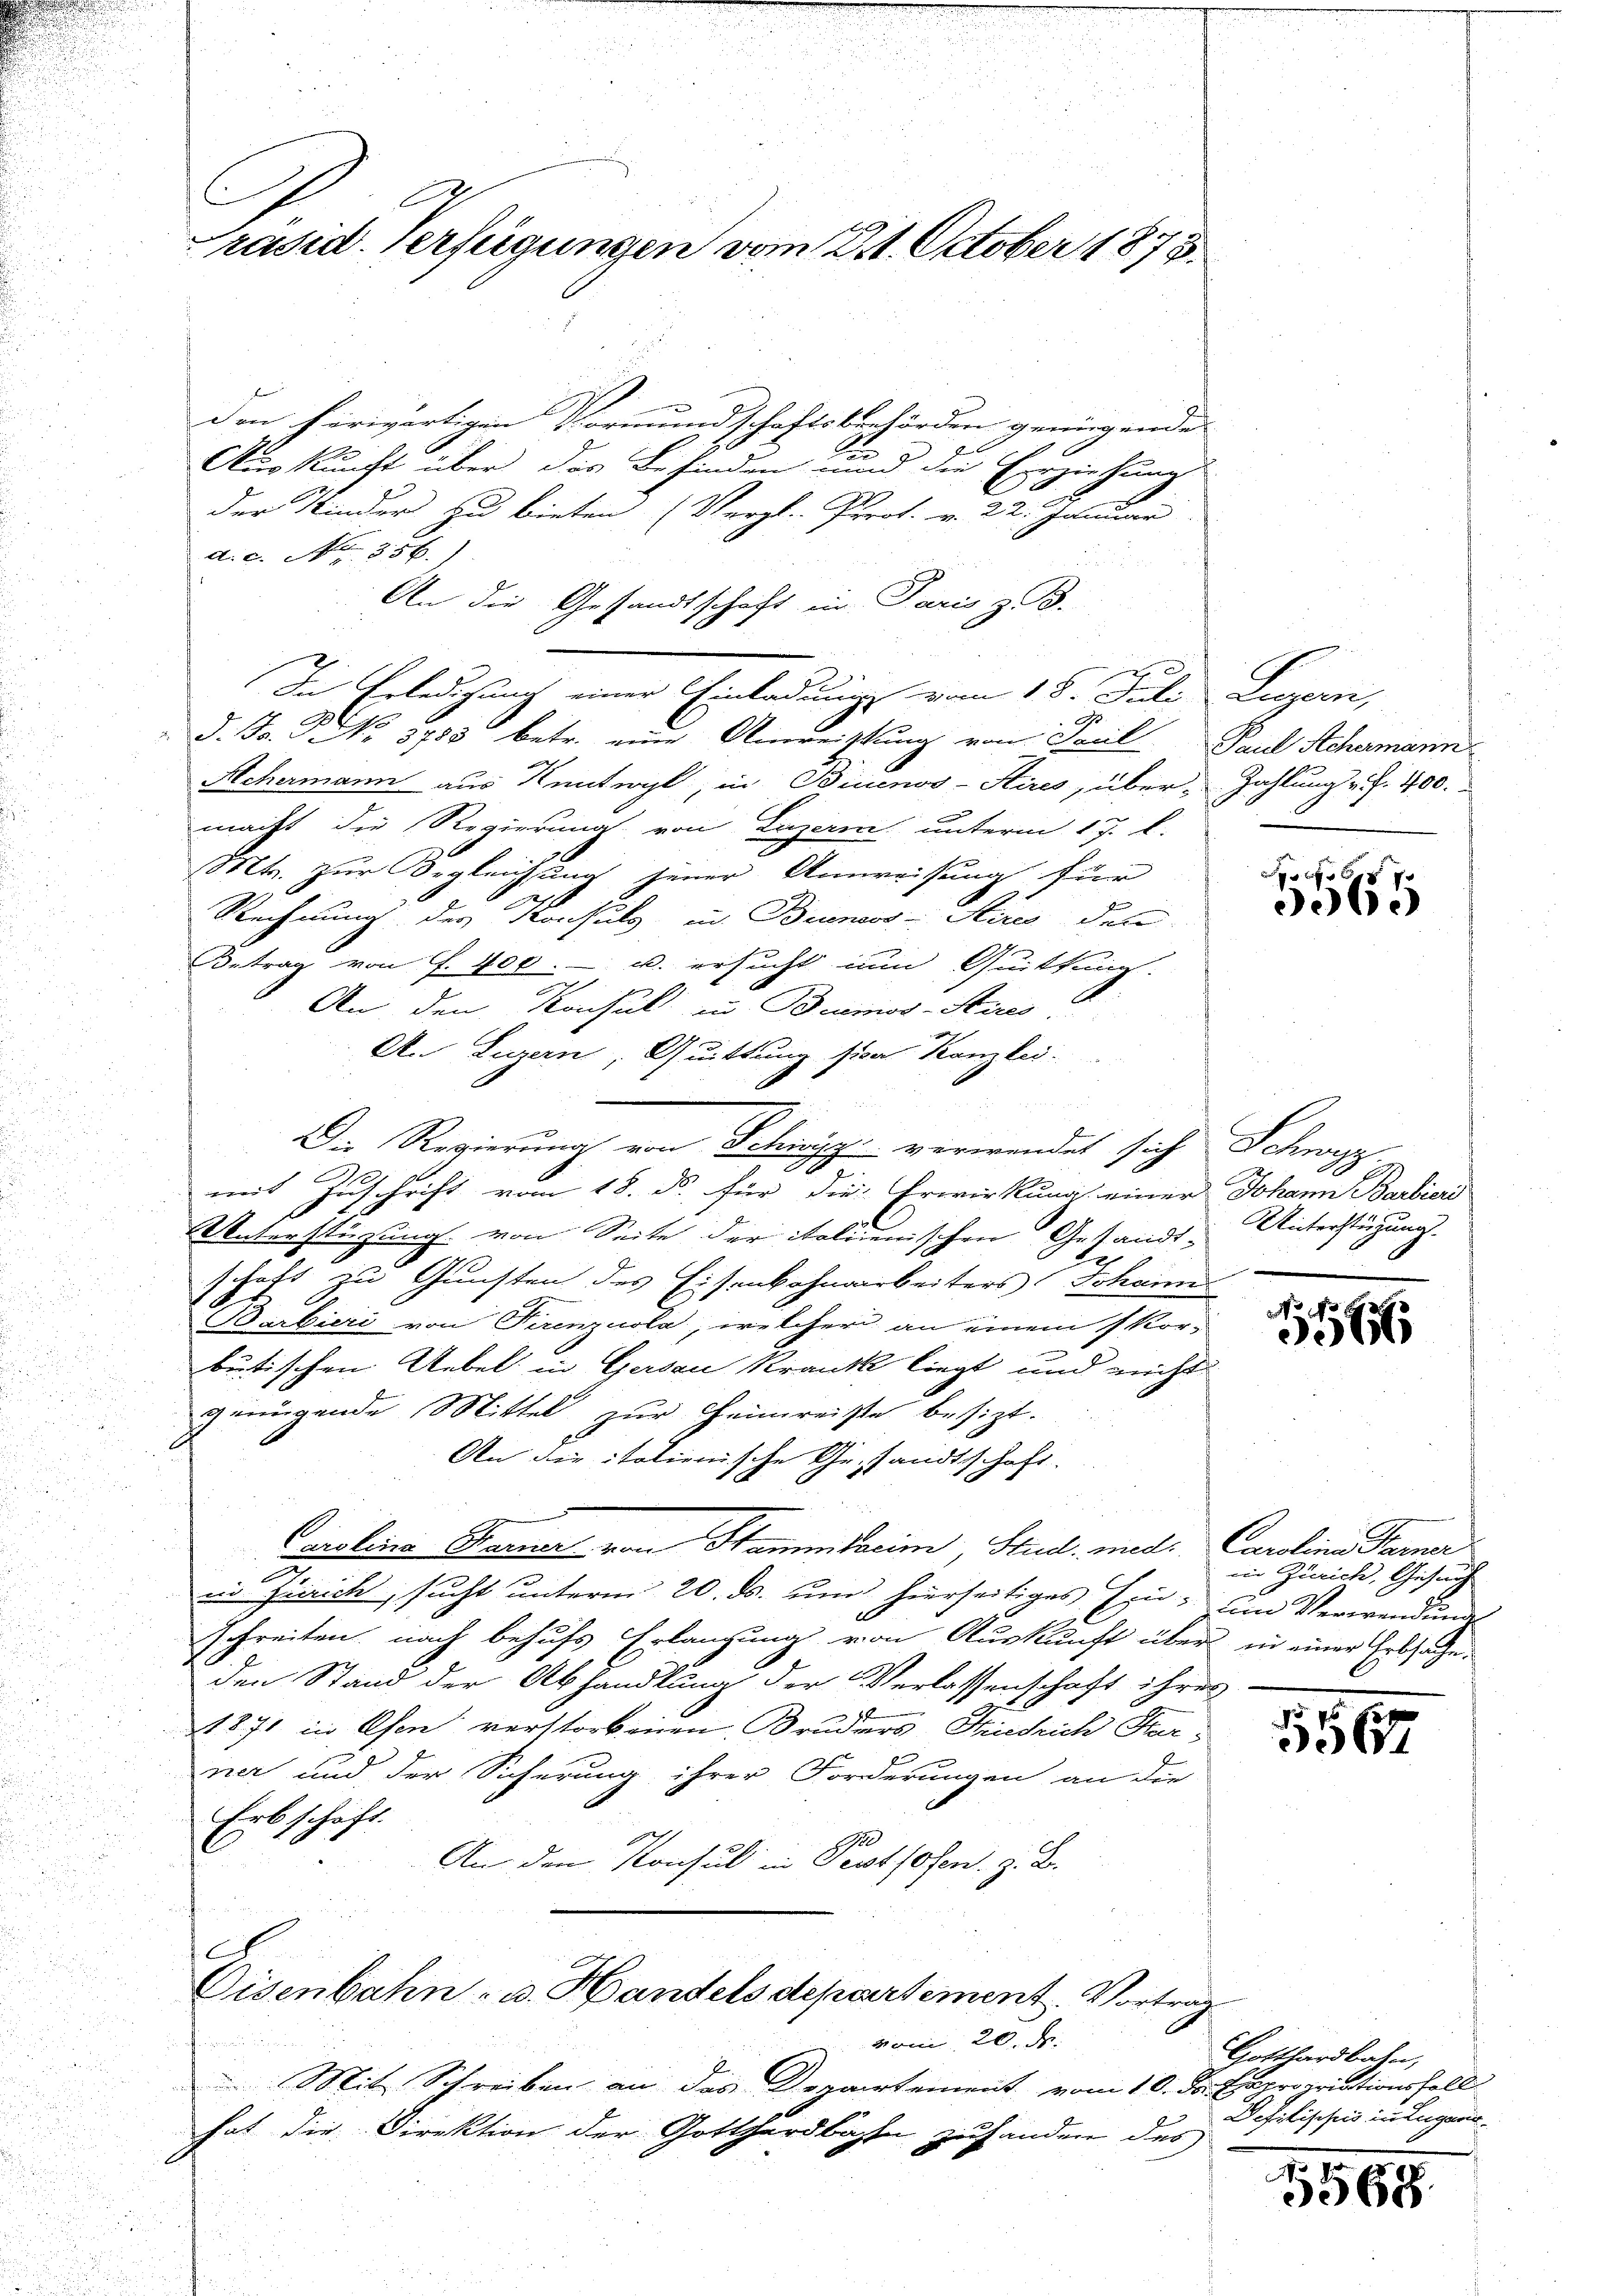
C.
Präsid. Verfügungen vom 211. October 1878

den herwärtigen Vormundschaftsbehörden genügende
Auskunft über das Befinden und die Erziehung
der Kinder zu bieten (Vergl. Prot. v. 22. Januar
a. c. No. 356.
An die Gesandtschaft in Paris z. B.

Die Erledigung einer Einladung vom 18. Juli
A
d. Fr. No. 3783 betr. eine Ausreistung von Paul
Achermann aus Kentwyl, in Biuenos-Aires, über Zahlung v. J. 400.
macht die Regierung von Luzern unterm 17. d.
Mts. zur Begleichung jener Anweisung für
Rechnung des Konsuls in Buenoss-Stirés den
Betrag von f. 400.- u. ersucht nun Quittung.
An den Konsul in Buenos-Stires.
An Luzern, Quittung sien Kanzlei.
u
Die Regierung von Schwyz verwendet sich
mit Zuschrift vom 18. ds. für die Erwirkung einer Johann Barbias
Unterstüzung von Seite der italienischen Gesandt- Unterstüzung.
s
schaft und Gunsten des Eisenbahnarbeiters Johanne
14
Barbieri von Firenzuola, welcher an einem kor-
n
betischen Uebel in Gersau Krank liegt und nicht
genügende Mittel zur Heimreiste besizt.
An die italienische Gesandtschaft.
Carolina Grauer von Stammharin, Stud. und
in Zürich, sucht unterm 20. ds. um hierseitiges Ein- um Verwendung
schreiben nach behufs Erlangung von Auskunft über in einer Erbsatze
den Stand der Abhandlung der Verlassenschaft ihres
1871 in Ehen verstorbenen Bruders Friedrich Har
ner und der Sicherung ihrer Forderungen an die
Erbschaft.
An den Konsul in Pestlosen, z. B.
t
Eisenbahn- u. Handels departement. Vortrag
Bani 20. Fr.
   Bennen
Mit Schreiben an das Departement vom 10. Dr. Expropriationsfall
hat die Direktion der Gotthardbahn zuhanden des

Lagan,
Paul Schermann

3065

Frag

NNo 13
3066

Carolina Pamer
iin Zürich, Gesuch

5

Gotthardbahn,
Dehilisches in Lugans.

1565